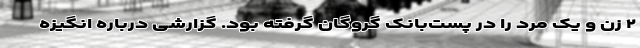
۲ زن و یک مرد را در پست‌بانک گروگان گرفته بود. گزارشی درباره انگیزه